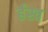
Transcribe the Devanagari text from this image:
र्हस्व